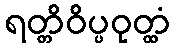
ရတ္တိဝိပ္ပဝုတ္ထံ